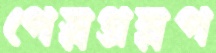
পেস্নগ্রম্নপ